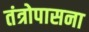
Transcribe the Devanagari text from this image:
तंत्रोपासना